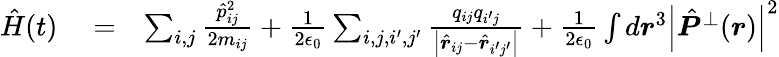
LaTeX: \begin{array}{rlr}{\hat{H}(t)}&{{}=}&{\sum_{i,j}\frac{\hat{p}_{ij}^{2}}{2m_{ij}}+\frac{1}{2\epsilon_{0}}\sum_{i,j,i^{\prime},j^{\prime}}\frac{q_{ij}q_{i^{\prime}j}}{\left|\hat{\boldsymbol r}_{ij}-\hat{\boldsymbol r}_{i^{\prime}j^{\prime}}\right|}+\frac{1}{2\epsilon_{0}}\int d\boldsymbol r^{3}\left|\hat{\boldsymbol P}^{\perp}(\boldsymbol r)\right|^{2}}\end{array}